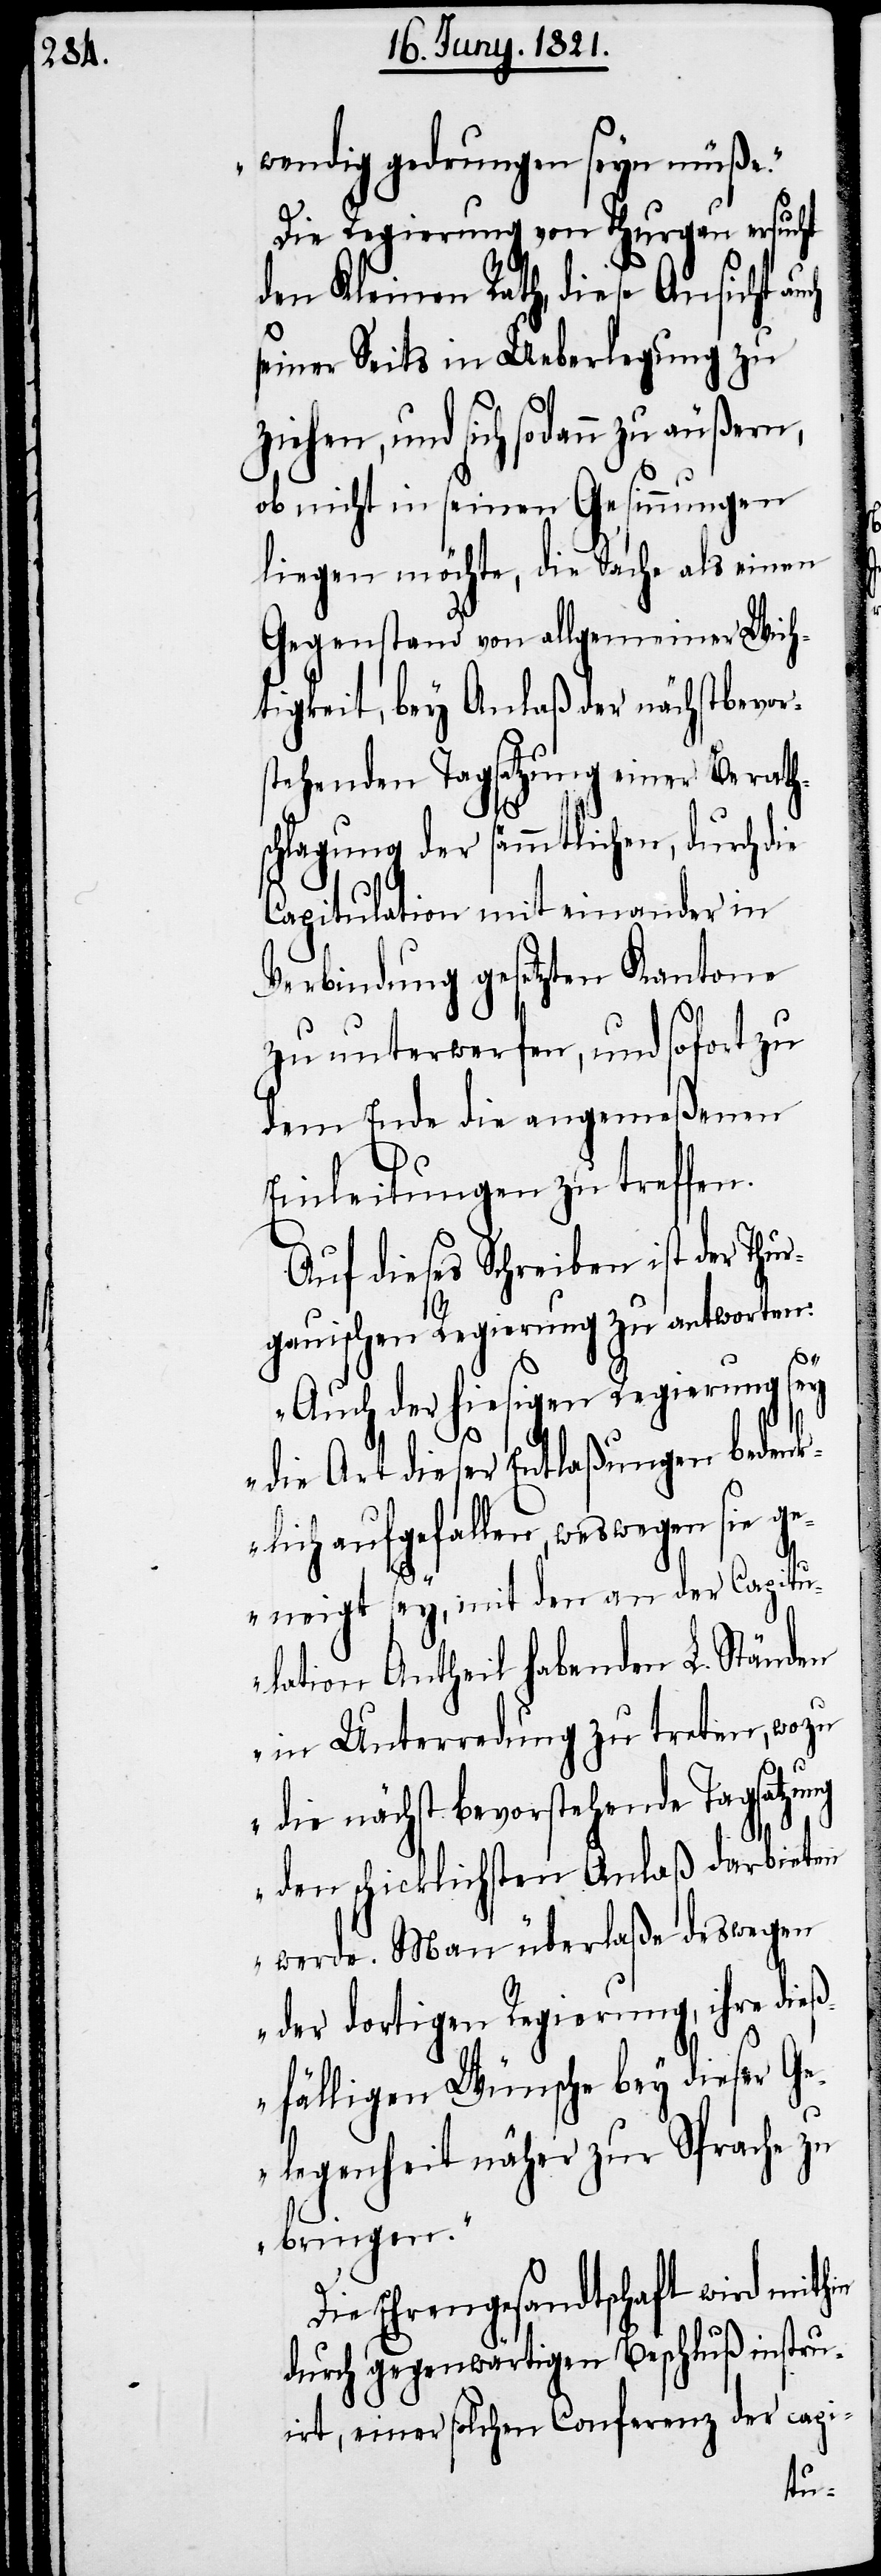
wendig gedrungen seyn müße.“
Die Regierung von Thurgau ersucht
den Kleinen Rath, diese Ansicht
seiner Seits in Ueberlegung zu
ziehen, und sich sodann zu äußern,
ob nicht in seinen Gesinnungen
liegen möchte, die Sache als einen
Gegenstand von allgemeiner Wich¬
tigkeit, bey Anlaß der nächstbevor¬
stehenden Tagsatzung einer Berath¬
schlagung der sämmtlichen, durch die
Capitulation mit einander in
Verbindung gesetzten Kantone
zu unterwerfen, und sofort zu
dem Ende die angemeßenen
Einleitungen zu treffen.
Auf dieses Schreiben ist der Thu¬
rgauischen Regierung zu antworten:
„Auch der hiesigen Regierung sey
die Art dieser Entlaßung bedenk¬
lich aufgefallen, weswegen sie g¬
eneigt sey, mit den an der Capitu¬
lation Antheil habenden L. Ständen
in Unterredung zu treten, wozu
die nächst bevorstehende Tagsatzung
den schicklichsten Anlaß darbieten
werde. Man überlaße deswegen
der dortigen Regierung, ihre dieß¬
fälligen Wünsche bey dieser Ge¬
legenheit näher zur Sprache zu
bringen.“
Die Ehrengesandtschaft wird mithin
durch gegenwärtigen Beschluß instru¬
irt, einer solchen Conferenz der capi-